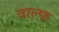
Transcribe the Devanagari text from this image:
वाल्फ